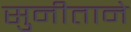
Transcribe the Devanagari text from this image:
सुनीताने